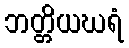
ဘတ္တိယဃရံ